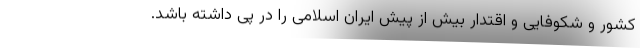
کشور و شکوفایی و اقتدار بیش از پیش ایران اسلامی را در پی داشته باشد.